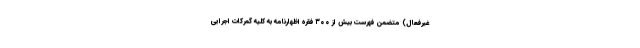
غیرفعال) متضمن فهرست بیش از ۳۰۰ فقره اظهارنامه به کلیه گمرکات اجرایی